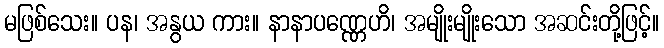
မဖြစ်သေး။ ပန၊ အနွယ ကား။ နာနာပဏ္ဏေဟိ၊ အမျိုးမျိုးသော အဆင်းတို့ဖြင့်။